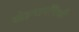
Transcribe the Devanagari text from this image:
लोहमार्गांपैकी